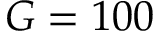
G = 1 0 0